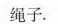
绳子.